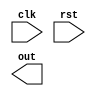
`timescale 1ns / 1ps
//////////////////////////////////////////////////////////////////////////////////
// Company: 
// Engineer: 
// 
// Design Name: 
// Module Name: PRBS_sequence
// Project Name: 
// Target Devices: 
// Tool Versions: 
// Description: 
// 
// Dependencies: 
// 
// Revision:
// Revision 0.01 - File Created
// Additional Comments:
// 
//////////////////////////////////////////////////////////////////////////////////


module PRBS_sequence(
    input wire clk,
    input wire rst,
    output wire out
    );
    reg [6:0] data;
    always @(posedge clk, posedge rst) begin
        if(rst)begin
        data<= 7'b1;
        end else begin
            data <= {data[5:0], data[6]^data[3]};
        end
    end
endmodule